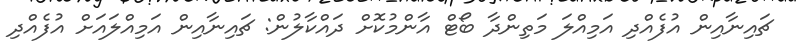
ޗައިނާއިން އުފެއްދި އަމިއްލަ މަތިންދާ ބޯޓް އާންމުކޮށް ދައްކާލުން: ޗައިނާއިން އަމިއްލައަށް އުފެއްދި